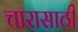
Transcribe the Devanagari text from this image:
चारासाठी